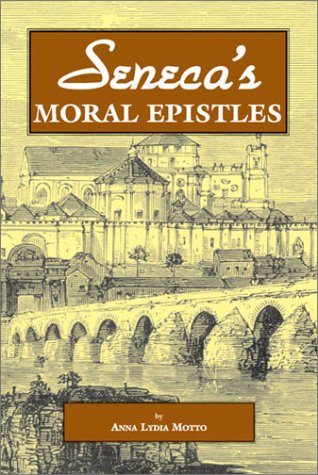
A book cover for Seneca's Moral Epistles; Lucius Annaeus Seneca; Literature & Fiction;